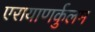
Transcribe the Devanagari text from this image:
एरायाणर्कुलम